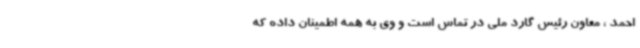
احمد ، معاون رئیس گارد ملی در تماس است و وی به همه اطمینان داده که